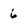
Character: 6